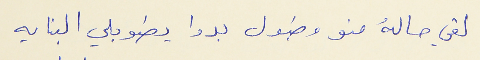
لقي حالهُ منو مطول بدوا يطوبلي البنايه